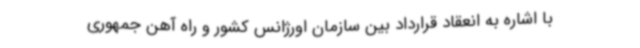
با اشاره به انعقاد قرارداد بین سازمان اورژانس کشور و راه آهن جمهوری